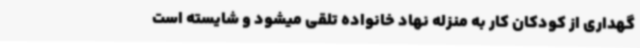
گهداری از کودکان کار به منزله نهاد خانواده تلقی میشود و شایسته است